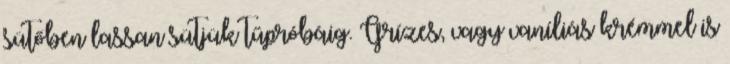
sütőben lassan sütjük tűpróbáig. Grízes, vagy vaníliás krémmel is